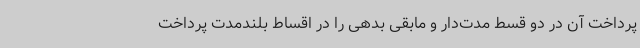
پرداخت آن در دو قسط مدت‌دار و مابقی بدهی را در اقساط بلندمدت پرداخت